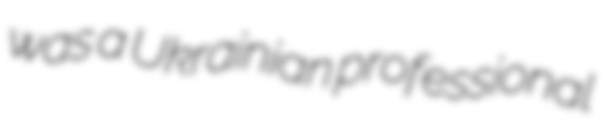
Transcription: was a Ukrainian professional